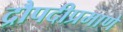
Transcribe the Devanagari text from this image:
द्रौपदीप्रमाणे